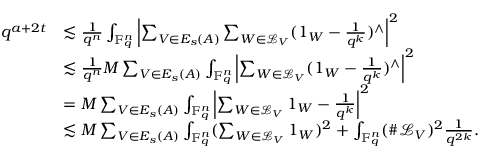
\begin{array} { r l } { q ^ { a + 2 t } } & { \lesssim \frac { 1 } { q ^ { n } } \int _ { \mathbb { F } _ { q } ^ { n } } \left| \sum _ { V \in E _ { s } ( A ) } \sum _ { W \in \mathcal { L } _ { V } } ( \boldsymbol 1 _ { W } - \frac { 1 } { q ^ { k } } ) ^ { \wedge } \right| ^ { 2 } } \\ & { \lesssim \frac { 1 } { q ^ { n } } M \sum _ { V \in E _ { s } ( A ) } \int _ { \mathbb { F } _ { q } ^ { n } } \left| \sum _ { W \in \mathcal { L } _ { V } } ( \boldsymbol 1 _ { W } - \frac { 1 } { q ^ { k } } ) ^ { \wedge } \right| ^ { 2 } } \\ & { = M \sum _ { V \in E _ { s } ( A ) } \int _ { \mathbb { F } _ { q } ^ { n } } \left| \sum _ { W \in \mathcal { L } _ { V } } \boldsymbol 1 _ { W } - \frac { 1 } { q ^ { k } } \right| ^ { 2 } } \\ & { \lesssim M \sum _ { V \in E _ { s } ( A ) } \int _ { \mathbb { F } _ { q } ^ { n } } ( \sum _ { W \in \mathcal { L } _ { V } } \boldsymbol 1 _ { W } ) ^ { 2 } + \int _ { \mathbb { F } _ { q } ^ { n } } ( \# \mathcal { L } _ { V } ) ^ { 2 } \frac { 1 } { q ^ { 2 k } } . } \end{array}